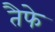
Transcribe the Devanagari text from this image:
तैफे